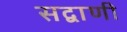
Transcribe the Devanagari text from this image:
सद्वाणी